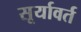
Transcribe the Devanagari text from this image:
सूर्यावर्त